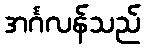
အင်္ဂလန်သည်